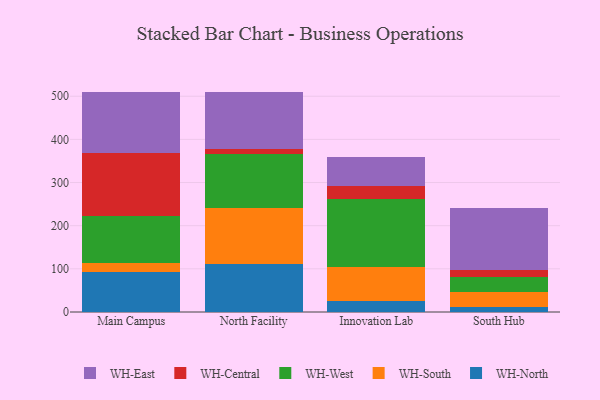
{"axis": {"x": "Campus", "y": "Budget (USD K)"}, "legend": ["WH-Central", "WH-East", "WH-North", "WH-South", "WH-West"], "data": [{"x": "Main Campus", "y": 93.2, "type": "WH-North"}, {"x": "Main Campus", "y": 19.3, "type": "WH-South"}, {"x": "Main Campus", "y": 109.9, "type": "WH-West"}, {"x": "Main Campus", "y": 145.3, "type": "WH-Central"}, {"x": "Main Campus", "y": 143.0, "type": "WH-East"}, {"x": "North Facility", "y": 110.6, "type": "WH-North"}, {"x": "North Facility", "y": 130.9, "type": "WH-South"}, {"x": "North Facility", "y": 125.1, "type": "WH-West"}, {"x": "North Facility", "y": 10.6, "type": "WH-Central"}, {"x": "North Facility", "y": 131.7, "type": "WH-East"}, {"x": "Innovation Lab", "y": 26.4, "type": "WH-North"}, {"x": "Innovation Lab", "y": 78.0, "type": "WH-South"}, {"x": "Innovation Lab", "y": 158.2, "type": "WH-West"}, {"x": "Innovation Lab", "y": 29.7, "type": "WH-Central"}, {"x": "Innovation Lab", "y": 67.3, "type": "WH-East"}, {"x": "South Hub", "y": 10.8, "type": "WH-North"}, {"x": "South Hub", "y": 35.8, "type": "WH-South"}, {"x": "South Hub", "y": 33.9, "type": "WH-West"}, {"x": "South Hub", "y": 17.9, "type": "WH-Central"}, {"x": "South Hub", "y": 141.7, "type": "WH-East"}]}